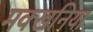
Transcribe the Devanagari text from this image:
मक्खनिया